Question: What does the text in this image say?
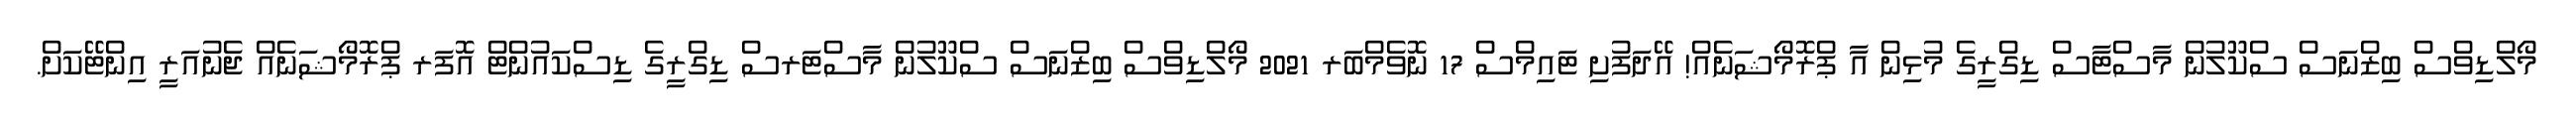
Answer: މޯލްޑިވްސް ބިޒްނަސް ސްކޫލުން މާސްޓާސް ޑިގްރީގެ މުޅިން އާ ޕްރޮމޯޝަނެއް! އޭދަފުށި ޓައިމްސް 17 ނޮވެމްބަރ 2021 މޯލްޑިވްސް ބިޒްނަސް ސްކޫލުން މާސްޓަރސް ޑިގްރީގެ ޑިސްކައުންޓް އޮފަރ ޕްރޮމޯޝަނެއް ޖެނުއަރީ އިންޓޭކަށް.